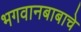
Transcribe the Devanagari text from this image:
भगवानबाबाचे